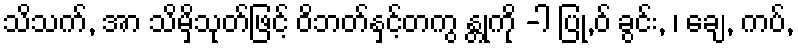
သိသက်, အာ သိမှိသုတ်ဖြင့် ဝိဘတ်နှင့်တကွ န္တုကို -ါ ပြု,ဝ် ခွင်း, ၊ ချေ, ကပ်,